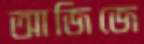
আজিজে